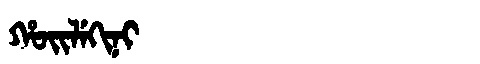
Manchu: ᡥᠣᡳᠯᡝᡴᡳᠨᡳ
Romanization: HOILEKINI